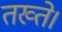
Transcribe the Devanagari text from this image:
तख्ते।